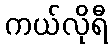
ကယ်လိုရီ